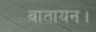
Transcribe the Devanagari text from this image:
वातायन।